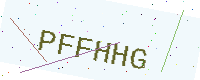
Text: PFFHHG